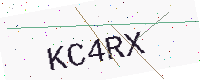
Text: KC4RX